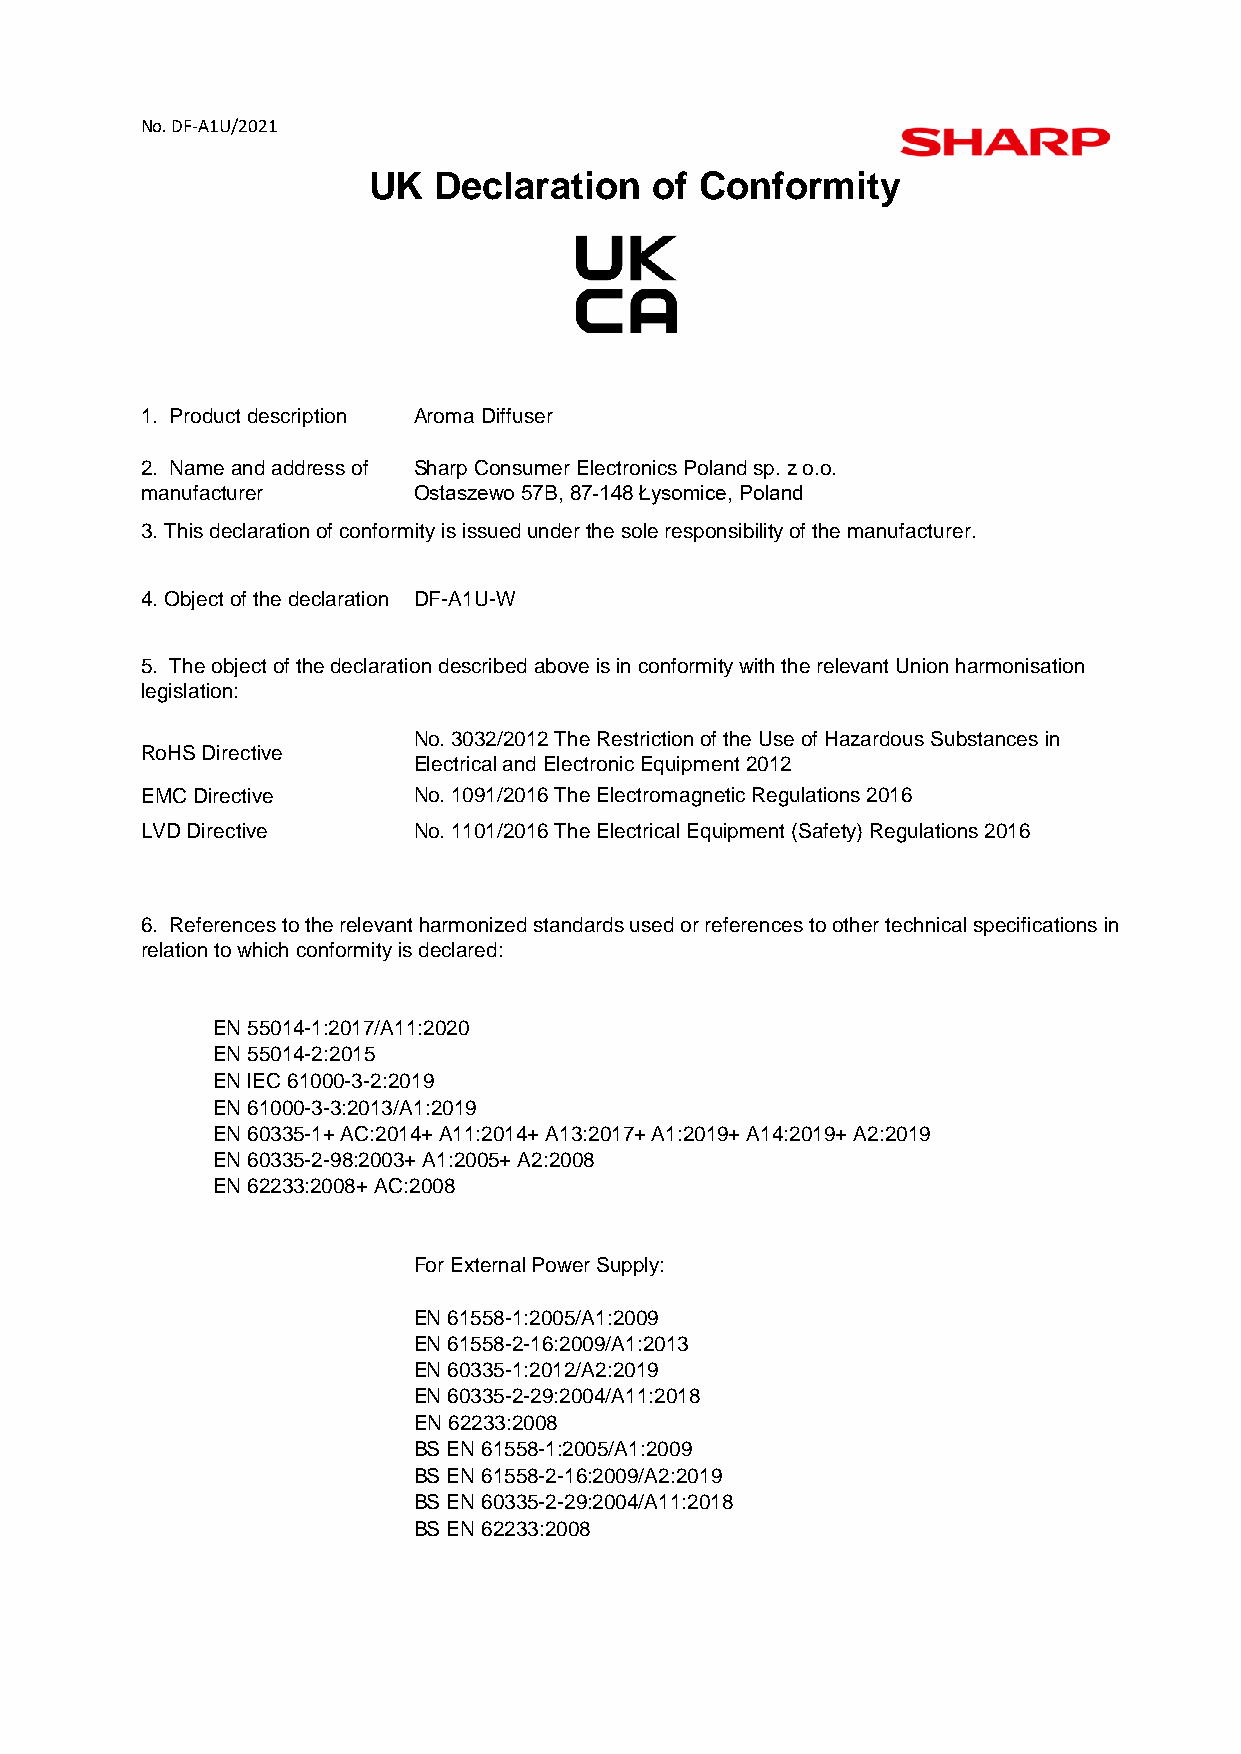
No. DF-A1U/2021
 UK   Declaration   of Conformity
 1. Product description Aroma Diffuser
 2. Name and address of Sharp Consumer Electronics Poland sp. z o.o.
 manufacturer      Ostaszewo 57B, 87-148 Łysomice, Poland
 3. This declaration of conformity is issued under the sole responsibility of the manufacturer.
 4. Object of the declaration DF-A1U-W
 5. The object of the declaration described above is in conformity with the relevant Union harmonisation
 legislation:
 No. 3032/2012 The Restriction of the Use of Hazardous Substances in
 RoHS Directive
 Electrical and Electronic Equipment 2012
 EMC Directive     No. 1091/2016 The Electromagnetic Regulations 2016
 LVD Directive     No. 1101/2016 The Electrical Equipment (Safety) Regulations 2016
 6. References to the relevant harmonized standards used or references to other technical specifications in
 relation to which conformity is declared:
 EN 55014-1:2017/A11:2020
 EN 55014-2:2015
 EN IEC 61000-3-2:2019
 EN 61000-3-3:2013/A1:2019
 EN 60335-1+ AC:2014+ A11:2014+ A13:2017+ A1:2019+ A14:2019+ A2:2019
 EN 60335-2-98:2003+ A1:2005+ A2:2008
 EN 62233:2008+ AC:2008
 For External Power Supply:
 EN 61558-1:2005/A1:2009
 EN 61558-2-16:2009/A1:2013
 EN 60335-1:2012/A2:2019
 EN 60335-2-29:2004/A11:2018
 EN 62233:2008
 BS EN 61558-1:2005/A1:2009
 BS EN 61558-2-16:2009/A2:2019
 BS EN 60335-2-29:2004/A11:2018
 BS EN 62233:2008